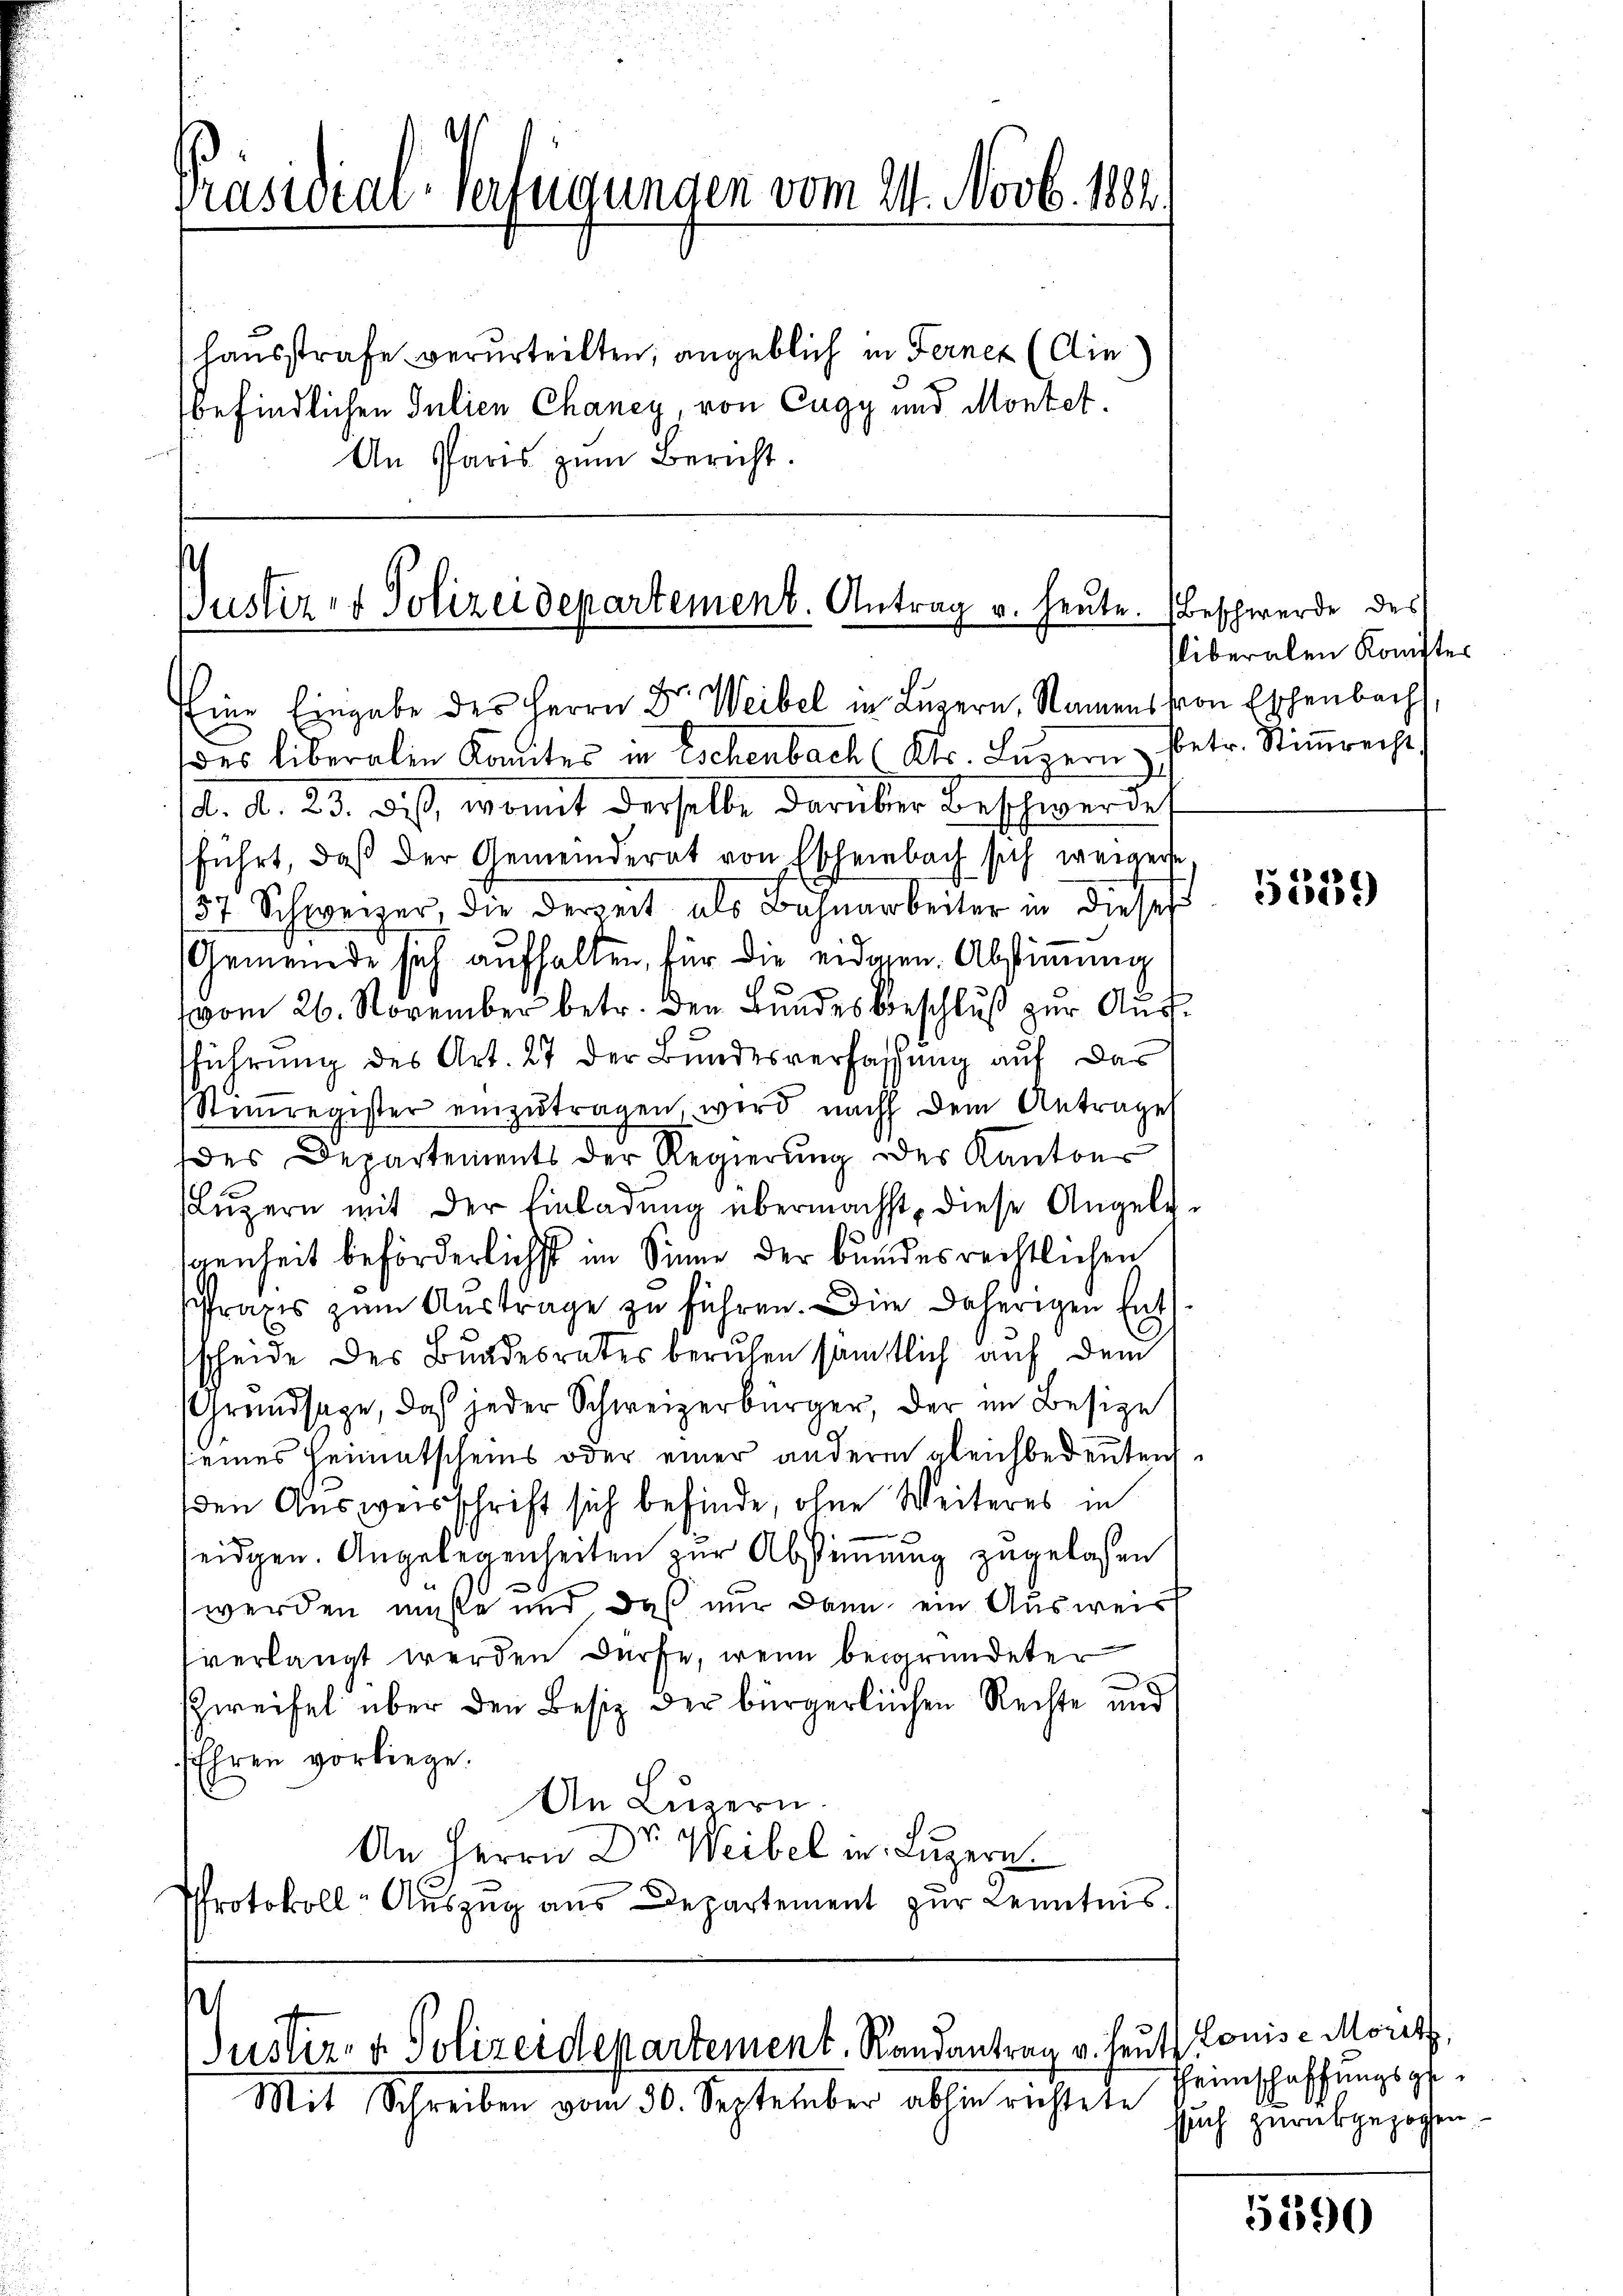
Präsidial-Verfügungen vom 24. Novb. 1882.

hausstrafe verurteilten, angeblich in Ferner (die
befindlichen Julien Chancy, von Cugy und Montet¬
An Paris zŭm Bericht.

Justiz er Polizeidepartement. Antrag u. heute.

Eine Eingabe des Herrn Dr. Weibel in Luzern, Namens von Eschenbach
des liberalin Komites in Eschenbach (Dr. Lŭzern betr. Stimmrecht
d. d. 23. Deß, womit derselbe darüber Beschwerde
führt, daß der Gemeinderat von Escheinbach sich weigerte.
157 Schweizer, die derzeit als Bahnarbeiter in dieses
Gemeinde sich aufhalten, für die eidgen. Abstimmung
vom 26. November betr. den Bundesbeschluß zur Auffführung des Art. 27 der Bundesverfassung auf das
Stiṁregister einzŭtragen, wird nach dem Antrages
des Departements der Regierung des Kantons
Lŭzern mit der Einladŭng übermächst, diese Angele-
genheit beförderlichst im Sinne der bundesrechtlichen
sfrages zum Austrage zu führen. Die daherigen Entscheide des Bundesrates beruhen sämtlich auf dem
Grundsage, daß jeder Schweizerbürger, der im Besize
(eines Heimatscheins oder einer andere gleichbedeuten
den Ausweisschrift sich befinde, ohne Weiteres in
eidgen. Angelegenheiten zur Abstimmung zugelasen
werden müße und daß nur dann ein Ausweis
verlangt werden dürfe, wenn begründeter
Zweifel über den Besiz der bürgerlichen Rechte und
Ehren vorliege.
An Luzern.
An Herrn Dr. Weibel in Luzern.
Protokoll-Auszug aus Departement zur Kenntnis.

s
Justiz- & Polizeidepartement. Randantrag v. Heute Louise Morel,

Mit Schreiben vom 30. September abhin richtete

Beschwerde des
liberalen Komitter

539)

einschaffungsgesuch zurückgezogen

5190